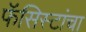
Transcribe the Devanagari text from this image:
फॅसिस्टांचा